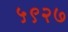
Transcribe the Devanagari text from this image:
५९२७